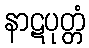
နာဋပုတ္တံ